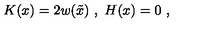
K ( x ) = 2 w ( \tilde { x } ) \ , \ H ( x ) = 0 \ ,